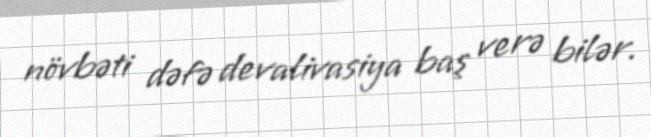
növbəti dəfə devalivasiya baş verə bilər.